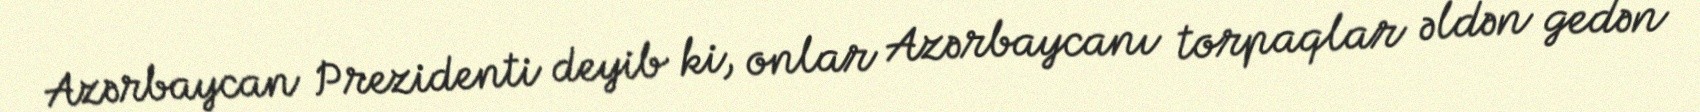
Azərbaycan Prezidenti deyib ki, onlar Azərbaycanı torpaqlar əldən gedən